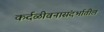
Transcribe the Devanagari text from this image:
कर्दळीवनासंदर्भातील